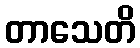
တာသေတိ